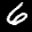
Label: 6